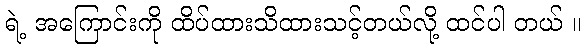
ရဲ့ အကြောင်းကို ထိပ်ထားသိထားသင့်တယ်လို့ ထင်ပါ တယ် ။